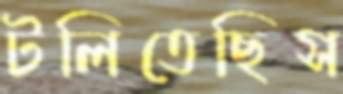
টলিতেছিস